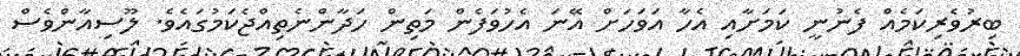
ބިރުވެރިކަމެއް ފެނުނީ ކަމަށާއި އެހާ އަވަހަށް އޭނަ އެހުވަފެން މަތިން ހަދާންނެތިއްޖެކަމުގައެވެ. ލޫސިއާންވެސް